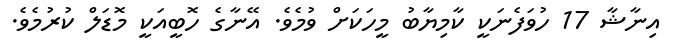
އިނާޝާ 17 ހުވަފެނަކީ ކާމިޔާބު މީހަކަށް ވުމެވެ. އޭނާގެ ހޮބީއަކީ މޮޑަލް ކުރުމެވެ.